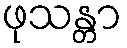
ဖုသန္တာ